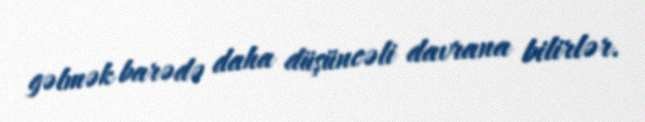
gəlmək barədə daha düşüncəli davrana bilirlər.